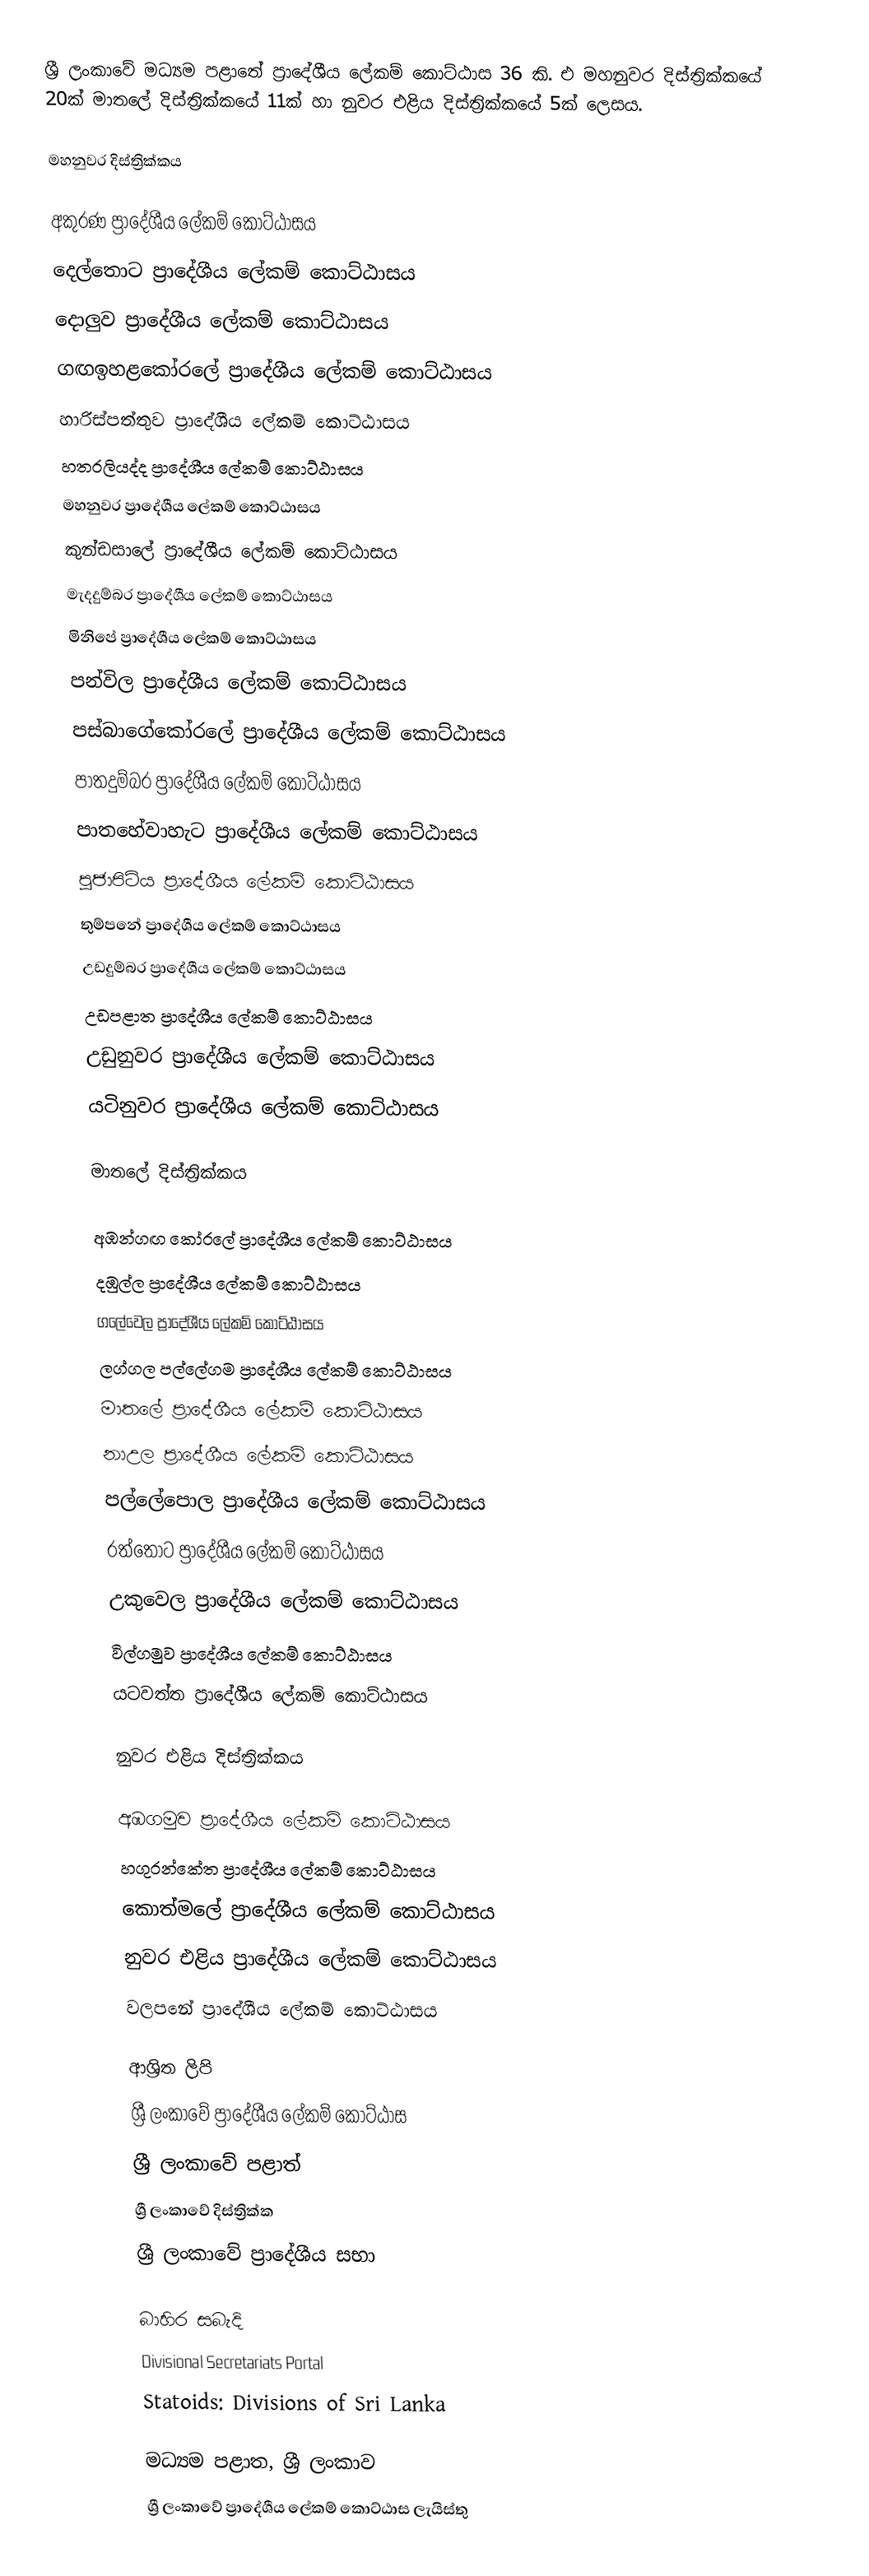
ශ්‍රී ලංකාවේ මධ්‍යම පළාතේ ප්‍රාදේශීය ලේකම් කොට්ඨාස 36 කි. එ මහනුවර දිස්ත්‍රික්කයේ 20ක් මාතලේ දිස්ත්‍රික්කයේ 11ක් හා නුවර එළිය දිස්ත්‍රික්කයේ 5ක් ලෙසය.

මහනුවර දිස්ත්‍රික්කය

 අකුරණ ප්‍රාදේශීය ලේකම් කොට්ඨාසය
 දෙල්තොට ප්‍රාදේශීය ලේකම් කොට්ඨාසය
 දොලුව ප්‍රාදේශීය ලේකම් කොට්ඨාසය
 ගඟඉහළකෝරලේ ප්‍රාදේශීය ලේකම් කොට්ඨාසය
 හාරිස්පත්තුව ප්‍රාදේශීය ලේකම් කොට්ඨාසය
 හතරලියද්ද ප්‍රාදේශීය ලේකම් කොට්ඨාසය
 මහනුවර ප්‍රාදේශීය ලේකම් කොට්ඨාසය
 කුන්ඩසාලේ ප්‍රාදේශීය ලේකම් කොට්ඨාසය
 මැදදුම්බර ප්‍රාදේශීය ලේකම් කොට්ඨාසය
 මිනිපේ ප්‍රාදේශීය ලේකම් කොට්ඨාසය
 පන්විල ප්‍රාදේශීය ලේකම් කොට්ඨාසය
 පස්බාගේකෝරලේ ප්‍රාදේශීය ලේකම් කොට්ඨාසය
 පාතදුම්බර ප්‍රාදේශීය ලේකම් කොට්ඨාසය
 පාතහේවාහැට ප්‍රාදේශීය ලේකම් කොට්ඨාසය
 පූජාපිටිය ප්‍රාදේශීය ලේකම් කොට්ඨාසය
 තුම්පනේ ප්‍රාදේශීය ලේකම් කොට්ඨාසය
 උඩදුම්බර ප්‍රාදේශීය ලේකම් කොට්ඨාසය
 උඩපළාත ප්‍රාදේශීය ලේකම් කොට්ඨාසය
 උඩුනුවර ප්‍රාදේශීය ලේකම් කොට්ඨාසය
 යටිනුවර ප්‍රාදේශීය ලේකම් කොට්ඨාසය

මාතලේ දිස්ත්‍රික්කය

 අඹන්ගඟ කෝරලේ ප්‍රාදේශීය ලේකම් කොට්ඨාසය
 දඹුල්ල ප්‍රාදේශීය ලේකම් කොට්ඨාසය
 ගලේවෙල ප්‍රාදේශීය ලේකම් කොට්ඨාසය
 ලග්ගල පල්ලේගම ප්‍රාදේශීය ලේකම් කොට්ඨාසය
 මාතලේ ප්‍රාදේශීය ලේකම් කොට්ඨාසය
 නාඋල ප්‍රාදේශීය ලේකම් කොට්ඨාසය
 පල්ලේපොල ප්‍රාදේශීය ලේකම් කොට්ඨාසය
 රත්තොට ප්‍රාදේශීය ලේකම් කොට්ඨාසය
 උකුවෙල ප්‍රාදේශීය ලේකම් කොට්ඨාසය
 විල්ගමුව ප්‍රාදේශීය ලේකම් කොට්ඨාසය
 යටවත්ත ප්‍රාදේශීය ලේකම් කොට්ඨාසය

නුවර එළිය දිස්ත්‍රික්කය

 අඹගමුව ප්‍රාදේශීය ලේකම් කොට්ඨාසය
 හගුරන්කේත ප්‍රාදේශීය ලේකම් කොට්ඨාසය
 කොත්මලේ ප්‍රාදේශීය ලේකම් කොට්ඨාසය
 නුවර එළිය ප්‍රාදේශීය ලේකම් කොට්ඨාසය
 වලපනේ ප්‍රාදේශීය ලේකම් කොට්ඨාසය

ආශ්‍රිත ලිපි
 ශ්‍රී ලංකාවේ ප්‍රාදේශීය ලේකම් කොට්ඨාස
 ශ්‍රී ලංකාවේ පළාත්
 ශ්‍රී ලංකාවේ දිස්ත්‍රික්ක
 ශ්‍රී ලංකාවේ ප්‍රාදේශීය සභා

බාහිර සබැදි
 Divisional Secretariats Portal
 Statoids: Divisions of Sri Lanka

මධ්‍යම පළාත, ශ්‍රී ලංකාව
ශ්‍රී ලංකාවේ ප්‍රාදේශීය ලේකම් කොට්ඨාස ලැයිස්තු